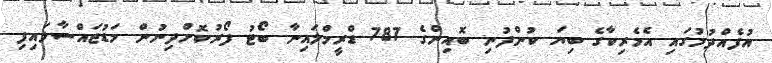
އުފެއްދުމުގައި އެމެރިކާގެ ބިޔަ ކުންފުނި ބޮއިންގެ 787 ޑްރީމްލައިނާ ބޯޓު ފޯރުކޮށްދިނުން މަޑުޖައްސާލައިފި